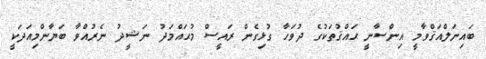
ބައިނަލްއަޤްވާމީ އިންސާނީ ޙައްޤުތަކުގެ ދުވަހާ ގުޅިގެން ރައީސް މުޙައްމަދު ނަޝީދު ނެރުއްވާ ބަޔާންމިއަދަކީ